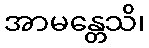
အာမန္တေသိ၊